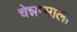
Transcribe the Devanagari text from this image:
चेन्नम्माला